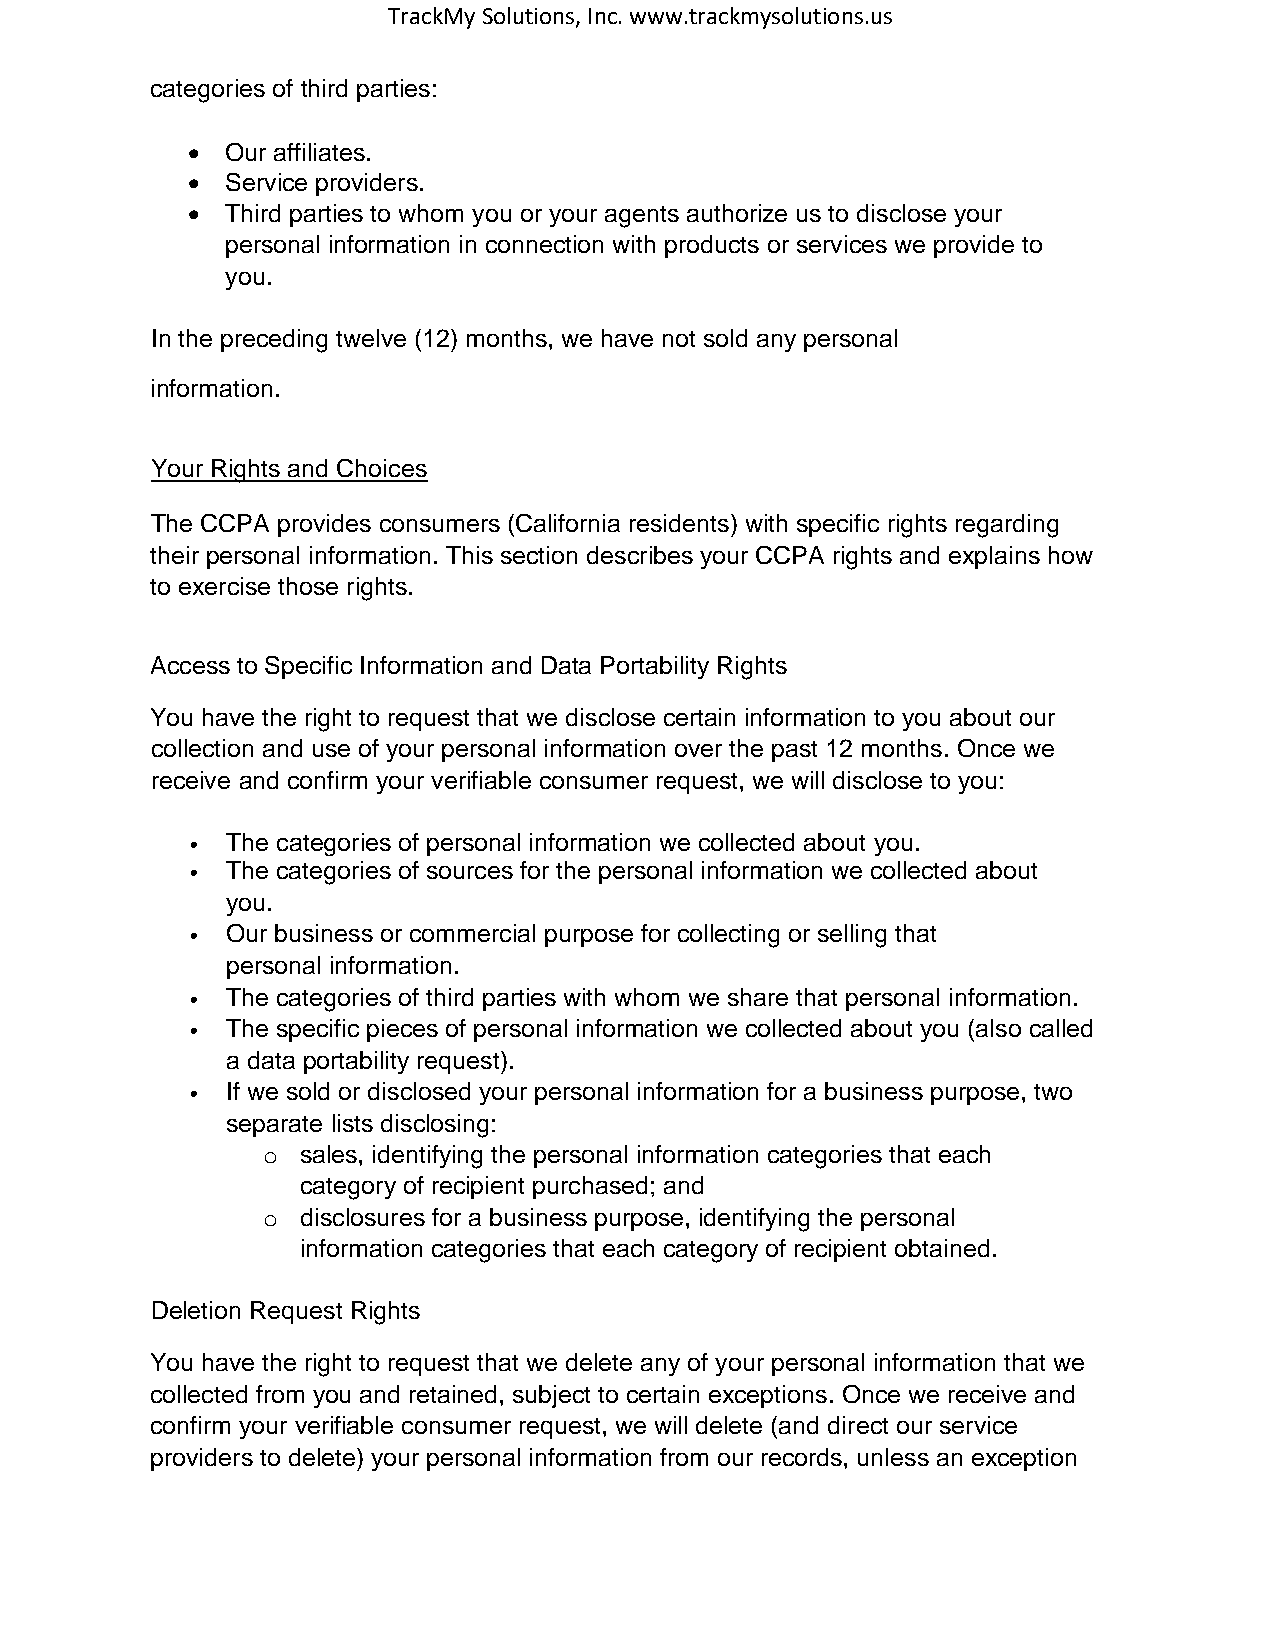
TrackMy Solutions, Inc. www.trackmysolutions.us
 categories of third parties:
 •  Our affiliates.
 •  Service providers.
 •  Third parties to whom you or your agents authorize us to disclose your
 personal information in connection with products or services we provide to
 you.
 In the preceding twelve (12) months, we have not sold any personal
 information.
 Your Rights and Choices
 The CCPA provides consumers (California residents) with specific rights regarding
 their personal information. This section describes your CCPA rights and explains how
 to exercise those rights.
 Access to Specific Information and Data Portability Rights
 You have the right to request that we disclose certain information to you about our
 collection and use of your personal information over the past 12 months. Once we
 receive and confirm your verifiable consumer request, we will disclose to you:
 •  The categories of personal information we collected about you.
 •  The categories of sources for the personal information we collected about
 you.
 •  Our business or commercial purpose for collecting or selling that
 personal information.
 •  The categories of third parties with whom we share that personal information.
 •  The specific pieces of personal information we collected about you (also called
 a data portability request).
 •  If we sold or disclosed your personal information for a business purpose, two
 separate lists disclosing:
 o  sales, identifying the personal information categories that each
 category of recipient purchased; and
 o  disclosures for a business purpose, identifying the personal
 information categories that each category of recipient obtained.
 Deletion Request Rights
 You have the right to request that we delete any of your personal information that we
 collected from you and retained, subject to certain exceptions. Once we receive and
 confirm your verifiable consumer request, we will delete (and direct our service
 providers to delete) your personal information from our records, unless an exception